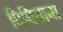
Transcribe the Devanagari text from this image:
घिघियाना